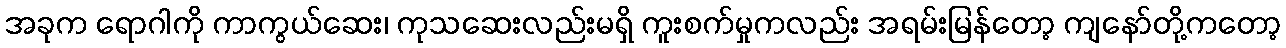
အခုက ရောဂါကို ကာကွယ်ဆေး၊ ကုသဆေးလည်းမရှိ ကူးစက်မှုကလည်း အရမ်းမြန်တော့ ကျနော်တို့ကတော့